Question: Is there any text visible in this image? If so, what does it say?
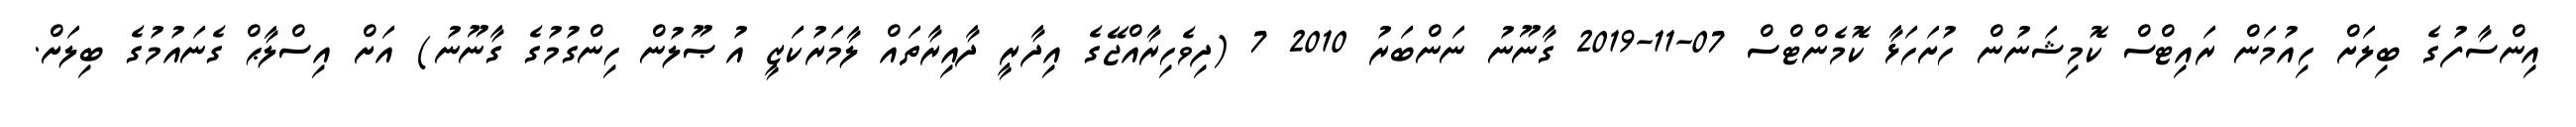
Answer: އިންސާފުގެ ބިލަށް ހިއުމަން ރައިޓްސް ކޮމިޝަނުން ހުށަހަޅާ ކޮމެންޓްސް 07-11-2019 ގާނޫނު ނަންބަރު 2010 7 (ދިވެހިރާއްޖޭގެ އިދާރީ ދާއިރާތައް ލާމަރުކަޒީ އުޞޫލުން ހިންގުމުގެ ގާނޫނު) އަށް އިސްލާޙް ގެނައުމުގެ ބިލަށް.